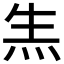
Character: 𤇓